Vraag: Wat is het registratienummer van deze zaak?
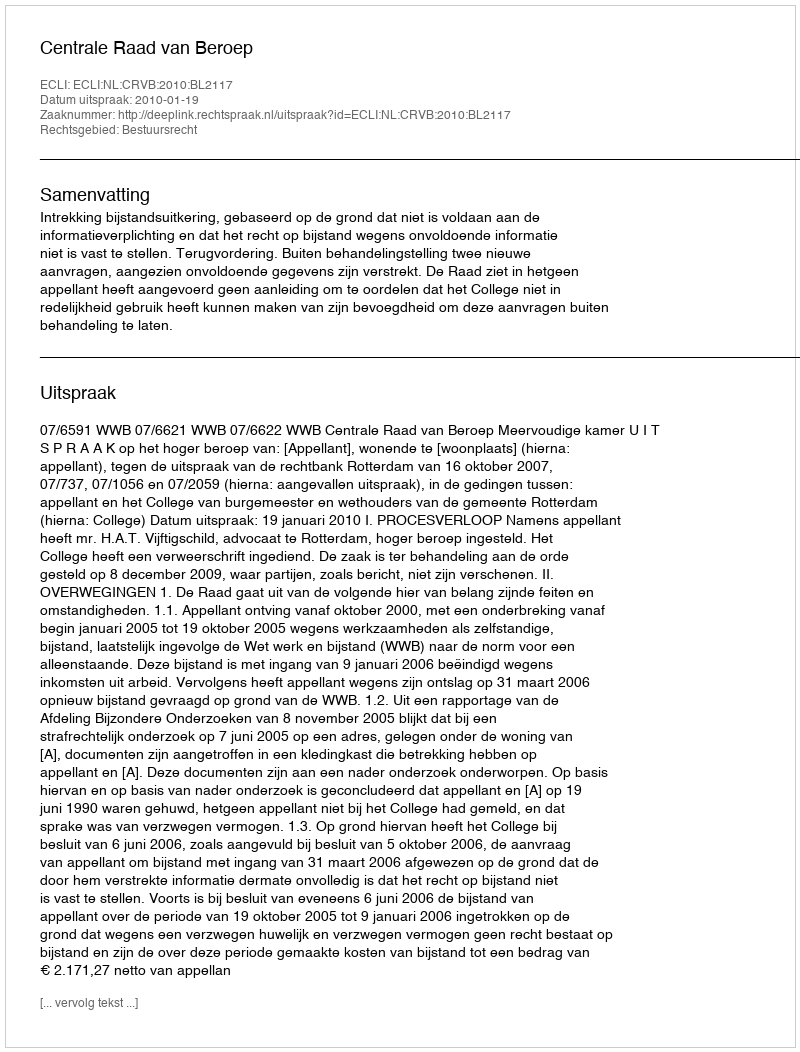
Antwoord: http://deeplink.rechtspraak.nl/uitspraak?id=ECLI:NL:CRVB:2010:BL2117